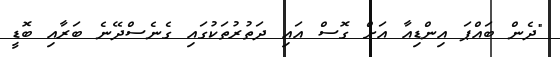
"ދެން ބައްޕަ އިންޑިއާ އަށް ގޮސް އައި ދަތުރުތަކުގައި ގެނެސްދޭނެ ބަރާއި ބޮޑީ